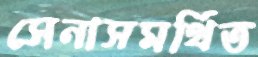
সেনাসমর্থিত